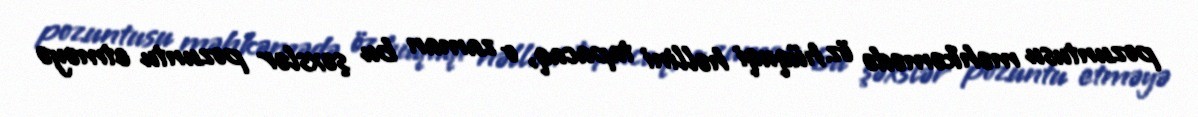
pozuntusu məhkəmədə öz hüquqi həllini tapacaq, o zaman bu şəxslər pozuntu etməyə